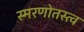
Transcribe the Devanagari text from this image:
स्मरणोतस्त्व